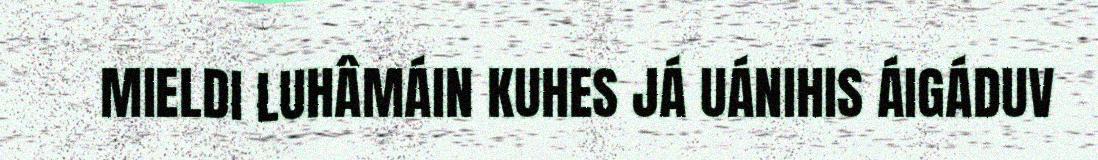
MIELDI LUHÂMÁIN KUHES JÁ UÁNIHIS ÁIGÁDUV